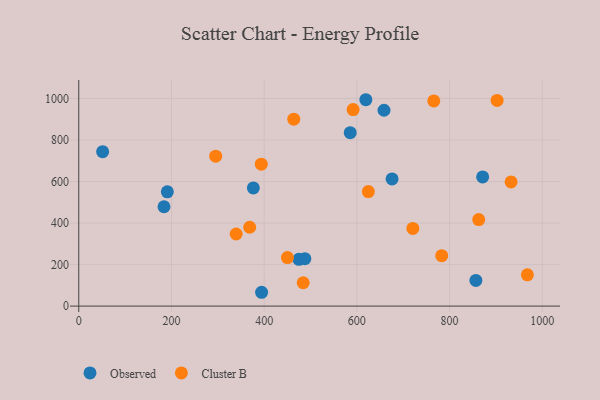
{"axis": {"x": "Experience", "y": "Demand"}, "legend": ["Cluster B", "Observed"], "data": [{"x": "394.5", "y": 66.6, "type": "Observed"}, {"x": "474.9", "y": 225.4, "type": "Observed"}, {"x": "676.0", "y": 612.8, "type": "Observed"}, {"x": "856.8", "y": 123.6, "type": "Observed"}, {"x": "51.5", "y": 743.7, "type": "Observed"}, {"x": "585.7", "y": 835.7, "type": "Observed"}, {"x": "487.8", "y": 228.5, "type": "Observed"}, {"x": "871.4", "y": 622.4, "type": "Observed"}, {"x": "183.9", "y": 478.6, "type": "Observed"}, {"x": "658.6", "y": 943.6, "type": "Observed"}, {"x": "619.4", "y": 994.2, "type": "Observed"}, {"x": "191.1", "y": 550.6, "type": "Observed"}, {"x": "376.7", "y": 569.2, "type": "Observed"}, {"x": "339.6", "y": 347.4, "type": "Cluster B"}, {"x": "766.0", "y": 988.4, "type": "Cluster B"}, {"x": "393.8", "y": 683.5, "type": "Cluster B"}, {"x": "967.9", "y": 150.9, "type": "Cluster B"}, {"x": "450.3", "y": 234.0, "type": "Cluster B"}, {"x": "591.9", "y": 946.9, "type": "Cluster B"}, {"x": "463.9", "y": 900.6, "type": "Cluster B"}, {"x": "862.9", "y": 417.0, "type": "Cluster B"}, {"x": "720.8", "y": 374.1, "type": "Cluster B"}, {"x": "295.5", "y": 722.2, "type": "Cluster B"}, {"x": "368.8", "y": 379.8, "type": "Cluster B"}, {"x": "783.1", "y": 242.9, "type": "Cluster B"}, {"x": "484.2", "y": 112.4, "type": "Cluster B"}, {"x": "932.7", "y": 598.1, "type": "Cluster B"}, {"x": "624.8", "y": 551.8, "type": "Cluster B"}, {"x": "902.6", "y": 990.9, "type": "Cluster B"}]}